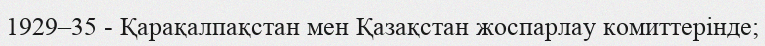
1929–35 - Қарақалпақстан мен Қазақстан жоспарлау комиттерінде;